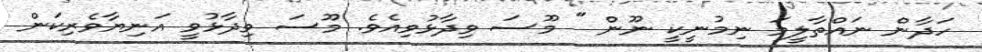
ހަދާން ނައްތާލީމަ ނިމުނީކީ ނޫން " މޫސަ ވިދާޅުވިއެވެ. މޫސަ ވިދާޅުވީ އަނިޔާވެރިކަން